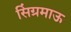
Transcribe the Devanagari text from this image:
सिंग्रमाऊ